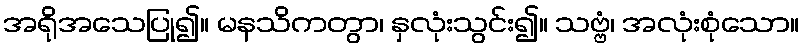
အရိုအသေပြု၍။ မနသိကတွာ၊ နှလုံးသွင်း၍။ သဗ္ဗံ၊ အလုံးစုံသော။